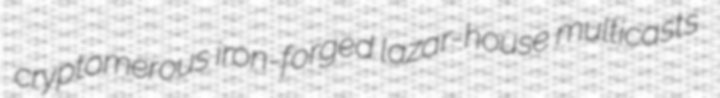
cryptomerous iron-forged lazar-house multicasts